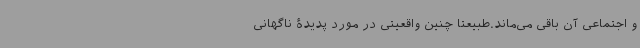
و اجتماعی آن باقی می‌ماند.طبیعتاً چنین واقعیتی در مورد پدیدۀ ناگهانی